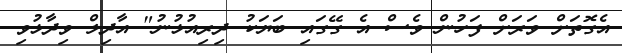
އެގޮތަށް ވަރަށް ފަހުން ވެސް އެ ގޭގައި ބަޔަކު ދިރިއުޅުނު" އާދިލް ވިދާޅުވި